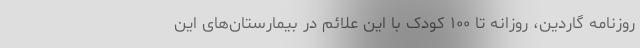
روزنامه گاردین، روزانه تا ۱۰۰ کودک با این علائم در بیمارستان‌های این